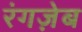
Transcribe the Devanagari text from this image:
रंगज़ेब